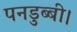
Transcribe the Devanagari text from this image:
पनडुब्‍बी।